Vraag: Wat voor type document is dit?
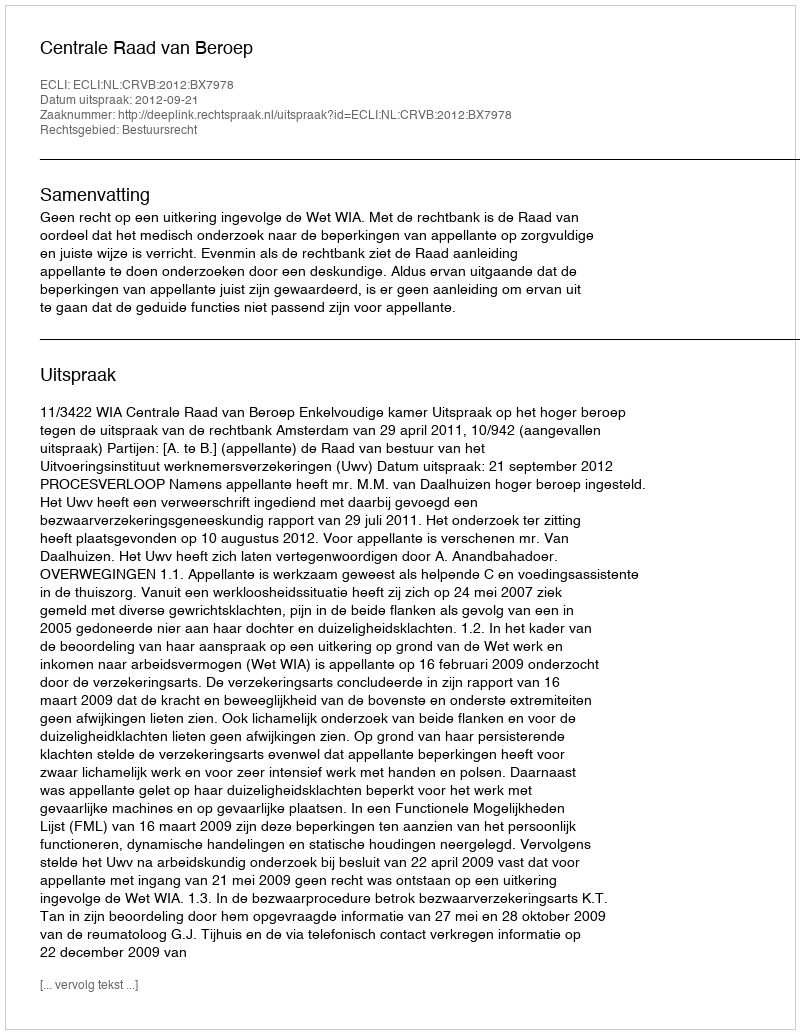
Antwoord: Uitspraak